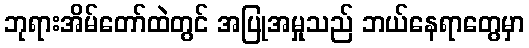
ဘုရားအိမ်တော်ထဲတွင် အပြုအမှုသည် ဘယ်နေရာတွေမှာ